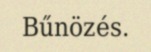
Bűnözés.